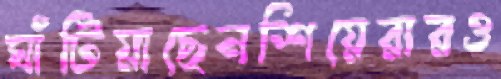
ঘাঁটিয়াছেনশিয়েরারও